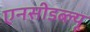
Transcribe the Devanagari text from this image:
एनसीडब्ल्यू